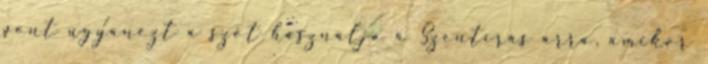
pont ugyanezt a szót használja a Szentírás arra, amikor